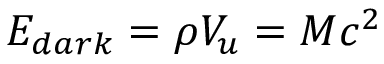
E _ { d a r k } = \rho V _ { u } = M c ^ { 2 }